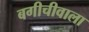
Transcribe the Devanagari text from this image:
बगीचीवाला